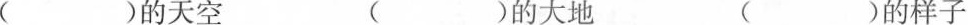
( )的天空 ( )的大地 ( )的样子